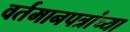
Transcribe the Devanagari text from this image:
वर्तमानपत्रांच्या